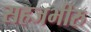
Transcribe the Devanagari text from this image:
सहजभीरु